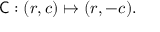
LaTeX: { \mathsf { C } } : ( r , c ) \mapsto ( r , - c ) .